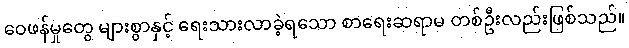
ဝေဖန်မှုတွေ များစွာနှင့် ရေးသားလာခဲ့ရသော စာရေးဆရာမ တစ်ဦးလည်းဖြစ်သည်။